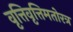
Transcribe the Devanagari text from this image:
वृत्तिवृत्तिमतोरत्र